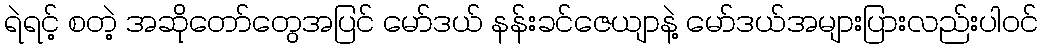
ရဲရင့် စတဲ့ အဆိုတော်တွေအပြင် မော်ဒယ် နန်းခင်ဇေယျာနဲ့ မော်ဒယ်အများပြားလည်းပါဝင်